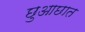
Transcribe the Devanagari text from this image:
छुआछात